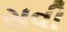
સવી